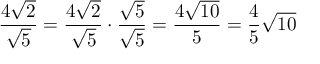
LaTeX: { \frac { 4 { \sqrt { 2 } } } { \sqrt { 5 } } } = { \frac { 4 { \sqrt { 2 } } } { \sqrt { 5 } } } \cdot { \frac { \sqrt { 5 } } { \sqrt { 5 } } } = { \frac { 4 { \sqrt { 1 0 } } } { 5 } } = { \frac { 4 } { 5 } } { \sqrt { 1 0 } }